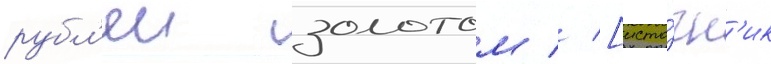
рубл'еи золотом // [исто́чн'ик